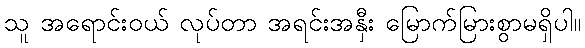
သူ အရောင်းဝယ် လုပ်တာ အရင်းအနှီး မြောက်မြားစွာမရှိပါ။